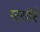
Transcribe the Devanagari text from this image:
स्टटगॉर्ट